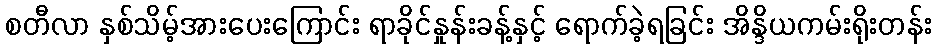
စတီလာ နှစ်သိမ့်အားပေးကြောင်း ရာခိုင်နှုန်းခန့်နှင့် ရောက်ခဲ့ရခြင်း အိန္ဒိယကမ်းရိုးတန်း